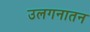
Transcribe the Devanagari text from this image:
उलगनातन